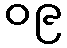
၀၉